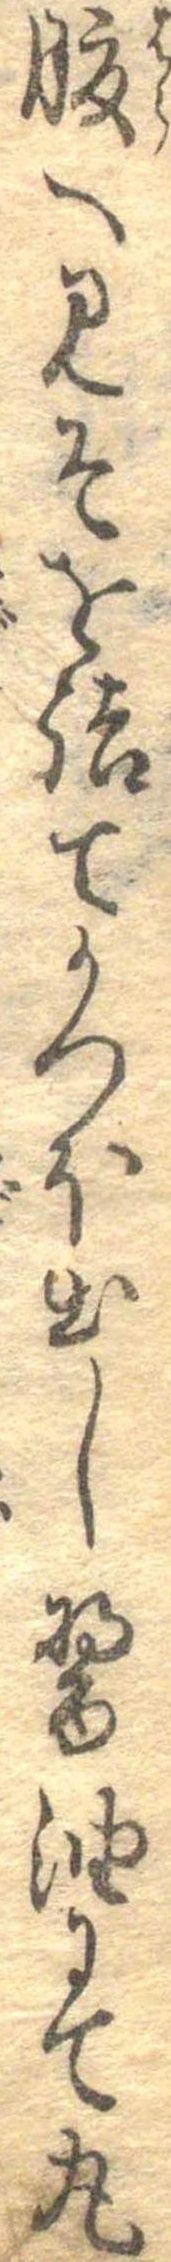
腹へみそを詰てかつほ出し醤油にて丸